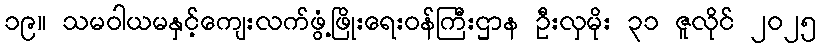
၁၉။ သမဝါယမနှင့်ကျေးလက်ဖွံ့ဖြိုးရေးဝန်ကြီးဌာန ဦးလှမိုး ၃၁ ဇူလိုင် ၂၀၂၅